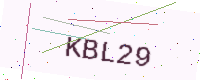
Text: KBL29